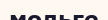
мольге